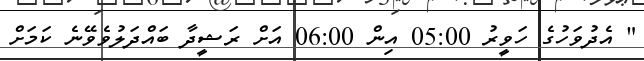
" އެދުވަހުގެ ހަވީރު 05:00 އިން 06:00 އަށް ރަޝީދާ ބައްދަލުވެވޭނެ ކަމަށް